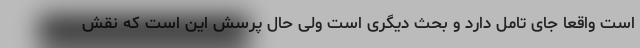
است واقعا جای تامل دارد و بحث دیگری است ولی حال پرسش این است که نقش